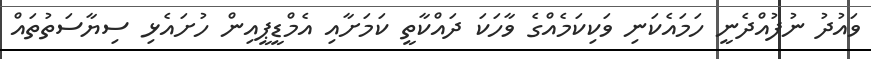
ވައުދު ނުފުއްދެނީ ހަމައެކަނި ވަކިކަމެއްގެ ވާހަކަ ދައްކާތީ ކަމަށާއި އެމްޑީޕީއިން ހުށައެޅި ސިޔާސަތުތައް